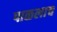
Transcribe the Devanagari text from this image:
पाळलाच